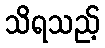
သိရသည့်